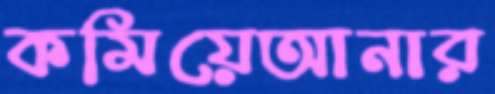
কমিয়েআনার